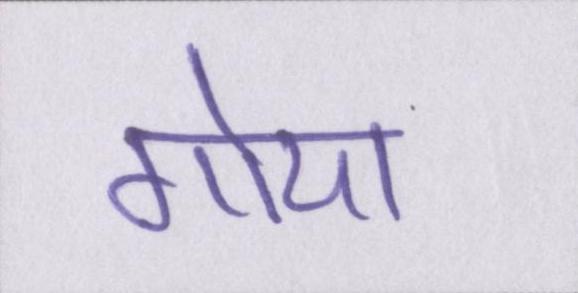
गोया